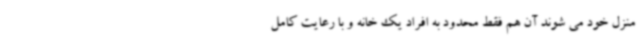
منزل خود می شوند آن هم فقط محدود به افراد یک خانه و با رعایت کامل